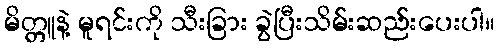
မိတ္တူနဲ့ မူရင်းကို သီးခြား ခွဲပြီးသိမ်းဆည်းပေးပါ။